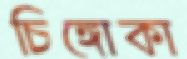
চিঙ্গোকা